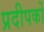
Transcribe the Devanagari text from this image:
प्रदीपकों